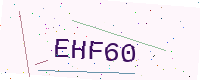
Text: EHF60